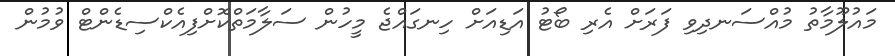
މައުލޫމާތު މުއްސަނދިވި ފަރަށް އެރި ބޯޓު އަޑިއަށް ހިނގައްޖެ މީހުން ސަލާމަތްކޮށްފިއެކްސިޑެންޓް ވުމުން